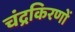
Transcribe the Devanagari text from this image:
चंद्रकिरणों